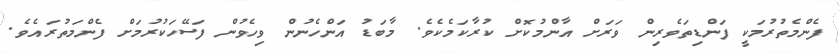
ފެންމެތުރުމަކީ ފަންޑިތަވެރިން ވަރަށް އާންމުކޮށް ކުރާކަމެކެވެ. މާބަޑު އަންހެނުން ވިހެވުން ފަސޭހަކުރުމަށް ފެންމަތުރައެވެ.